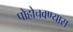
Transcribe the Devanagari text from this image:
पोहोचवण्यास